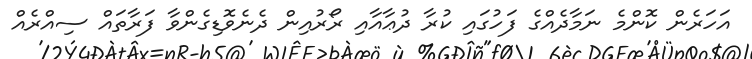
އަހަރެން ކޮންމެ ނަމާދެއްގެ ފަހުގައި ކުރާ ދުޢާއާއި ރޯރުއިން ދެނެވޮޑިގެންވާ ފަރާތައް ސިއްރެއް